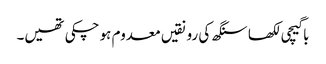
باگیچی لکھا سنگھ کی رونقیں معدوم ہو چکی تھیں۔